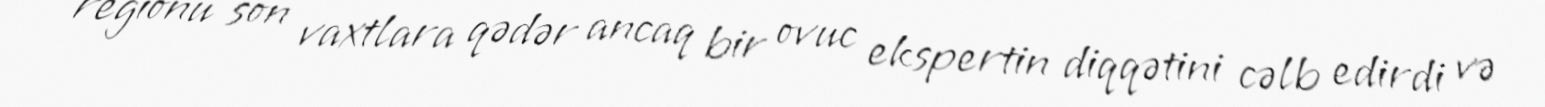
regionu son vaxtlara qədər ancaq bir ovuc ekspertin diqqətini cəlb edirdi və